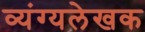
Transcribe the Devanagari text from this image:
व्यंग्यलेखक